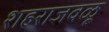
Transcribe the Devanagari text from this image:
शहराजवळू